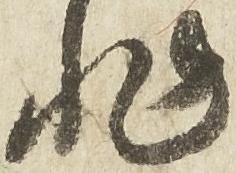
非